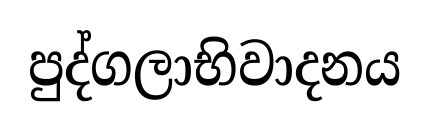
පුද්ගලාභිවාදනය